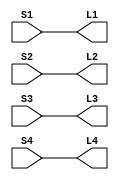
module Switches_To_LEDs //encapsulated inside one or more modules
(input S1,              //define the interface to a block of code
input S2,               //inside the module declaring all the inputs and outputs
input S3,
input S4,
output L1,
output L2,
output L3,
output L4);

assign L1 = S1;         //defining the logic of the design 
assign L2 = S2;
assign L3 = S3;
assign L4 = S4;

endmodule

/*
module Switches_To_LEDs (
    input wire [3:0] switches,
    output reg [3:0] leds
);

always @* begin
    leds = switches;
end

endmodule
*/